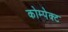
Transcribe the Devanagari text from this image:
कोम्पेक्ट